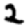
Digit: 2